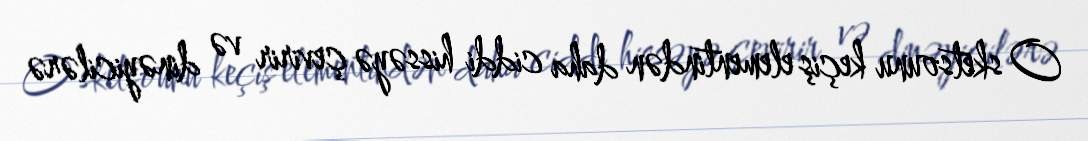
O sketsounu keçiş elementindən daha ciddi hissəyə çevirir və dinəyicilərə